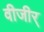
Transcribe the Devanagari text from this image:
वीजीर्